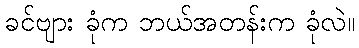
ခင်ဗျား ခုံက ဘယ်အတန်းက ခုံလဲ။